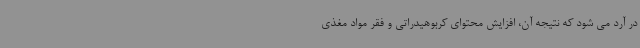
در آرد می شود که نتیجه آن، افزایش محتوای کربوهیدراتی و فقر مواد مغذی